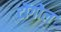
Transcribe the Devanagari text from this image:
टोंगोल